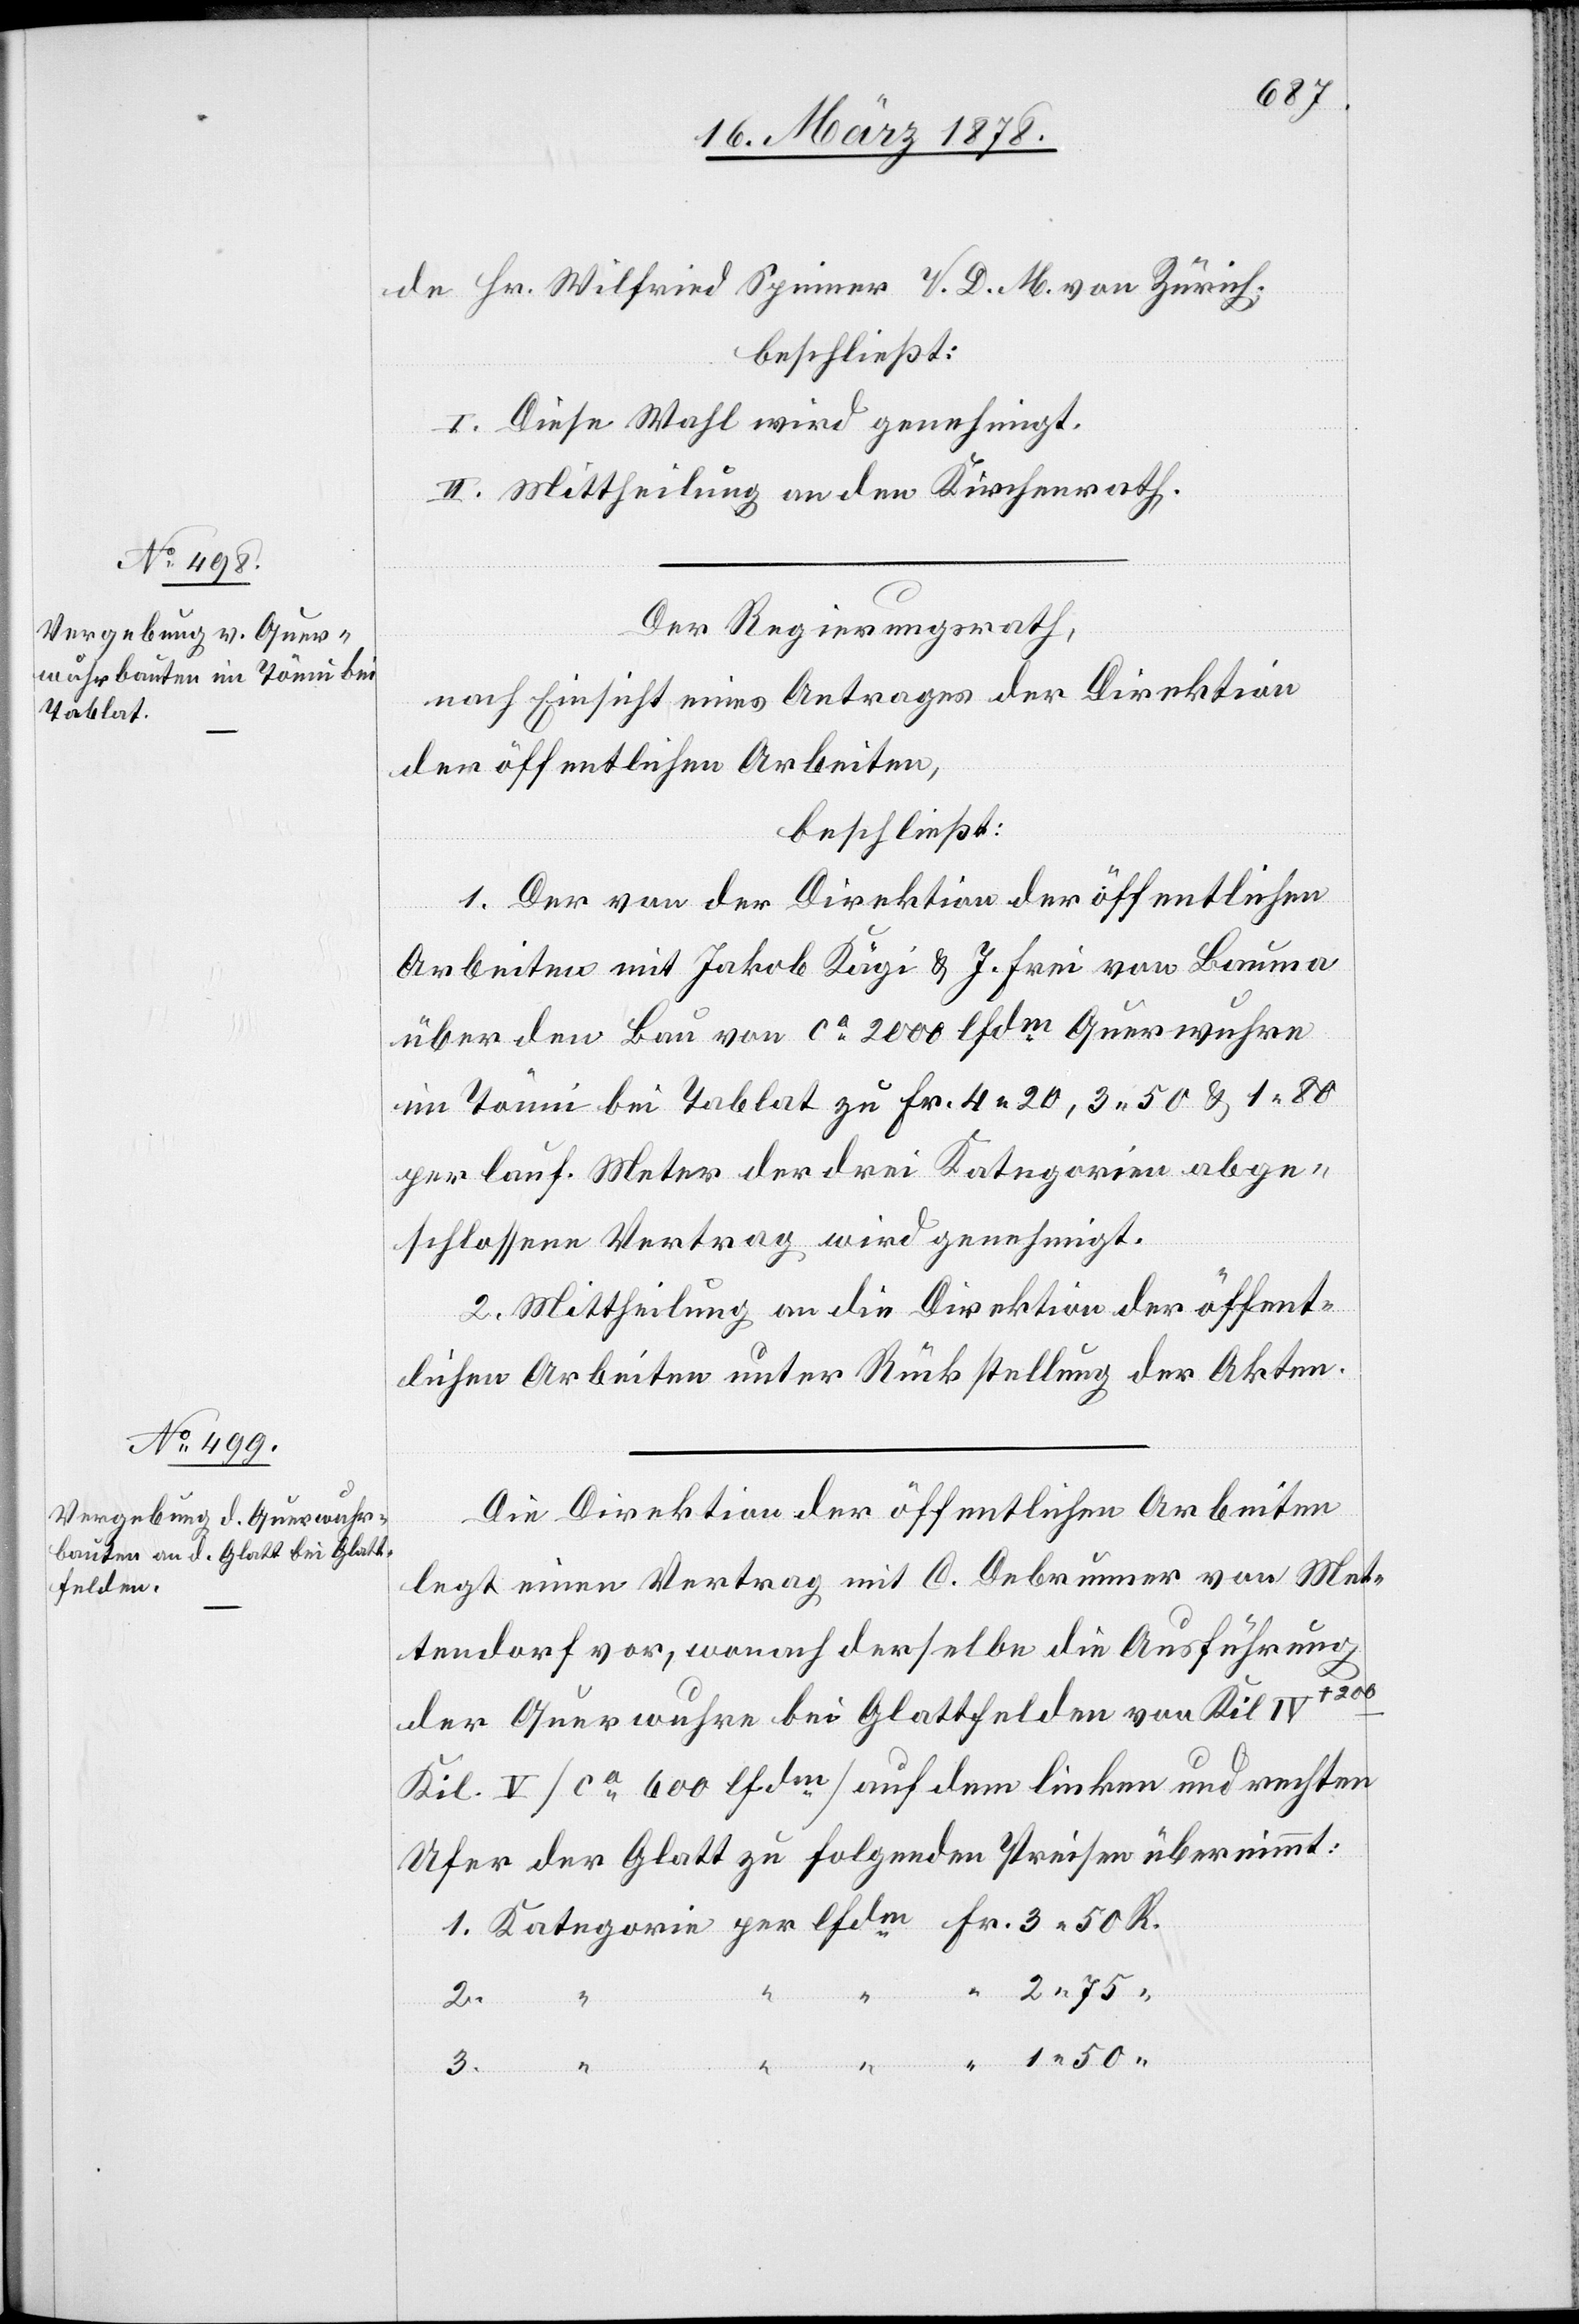
de Hr. Wilfried Spinner V. D. M. von Zürich;
beschließt:
I. Diese Wahl wird genehmigt.
II. Mittheilung an den Kirchenrath.
Der Regierungsrath,
nach Einsicht eines Antrages der Direktion
der öffentlichen Arbeiten,
beschließt:
1. Der von der Direktion der öffentlichen
Arbeiten mit Jakob Kägi & J. Frei von Bauma
über den Bau von ca 2000 lfdm Querwuhre
im Tönni bei Tablat zu Fr. 4. 20, 3. 50 & 1. 80
per lauf. Meter der drei Kategorien abge¬
schlossene Vertrag wird genehmigt.
2. Mittheilung an die Direktion der öffent¬
lichen Arbeiten unter Rückstellung der Akten.
Die Direktion der öffentlichen Arbeiten
legt einen Vertrag mit C. Debrunner von Met¬
tendorf vor, wonach derselbe die Ausführung
der Querwuhre bei Glattfelden von Kil.
IV–Kil. 5 (ca 600 lfdm) auf dem linken und rechten
Ufer der Glatt zu folgenden Preisen übernimmt:
2.
Kategorie